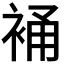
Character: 𧚔